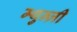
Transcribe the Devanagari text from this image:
म्थुन्ज़ी